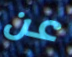
عن